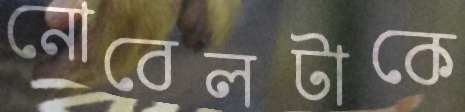
নোবেলটাকে